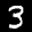
Label: 3